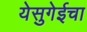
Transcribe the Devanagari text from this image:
येसुगेईचा